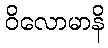
ဝိလောမာနိ